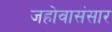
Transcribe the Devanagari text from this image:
जहोवासंसार